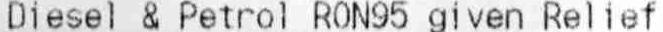
DIESEL & PETROL RON95 GIVEN RELIEF